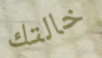
خالتك